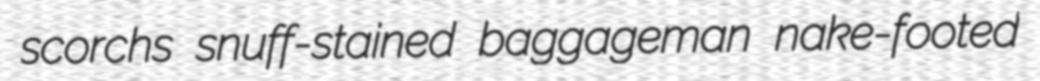
scorchs snuff-stained baggageman nake-footed